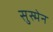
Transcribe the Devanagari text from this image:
सुस्मेन